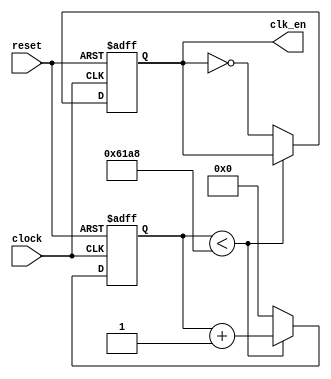
module clock_divider (input wire clock,reset,output wire clk_en);

	reg [31:0] count;
	reg Q;
	always@(posedge clock,posedge reset)
	begin
		if(reset)
		begin
			Q <= 1'b0;
			count = 32'b0;
		end
		else if (count < 25000)
			count <= count +32'b01;
		else
		begin
			count = 32'b00;
			Q <= ~Q;
		end
	end
	assign clk_en = Q;
	endmodule
	/*wire [31:0]storQ;
	reg [31:0] Q,D;
	wire comp;
	wire rset;
	assign storQ = Q;
	assign comp = (storQ%50000 == 0)?1'b1:1'b0;
	always@(*)
		begin
		D = Q+1;
		end
	always@(*)
		begin
		if(reset)
			Q=0;
		else
			Q<=D;
		end
	assign clk_en = comp;*/